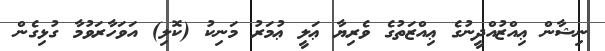
ނިޝާން ޢިއްޒުއްދީނުގެ ޢިއްޒަތުގެ ވެރިޔާ ޢަލީ ޢުމަރު މަނިކު (ކޮލި) އަވަހާރަވުމާ ގުޅިގެން